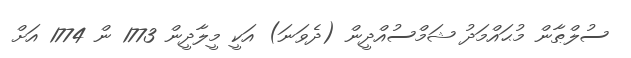
ސުލްޠާން މުޙައްމަދު ޝަމްސުއްދީން (ދެވަނަ) އަކީ މީލާދީން 1773 ން 1774 އަށް